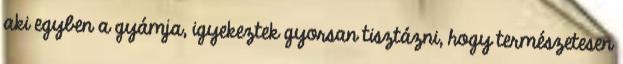
aki egyben a gyámja, igyekeztek gyorsan tisztázni, hogy természetesen